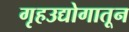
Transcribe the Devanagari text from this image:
गृहउद्योगातून